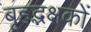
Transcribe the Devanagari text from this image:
बृहद्भक्षकों